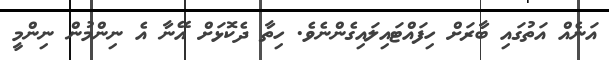
އަނެއް އަތުގައި ބާރަށް ހިފައްޓައިލައިގެންނެވެ. ހިތާ ދެކޮޅަށް އޭނާ އެ ނިންމުން ނިންމީ